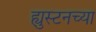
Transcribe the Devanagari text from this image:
ह्युस्टनच्या